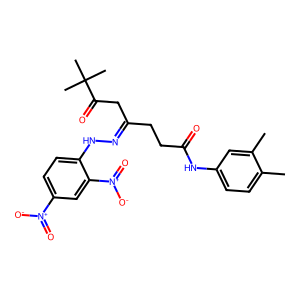
SMILES: Cc1ccc(NC(=O)CCC(CC(=O)C(C)(C)C)=NNc2ccc([N+](=O)[O-])cc2[N+](=O)[O-])cc1C
Inhibits HIV replication: No